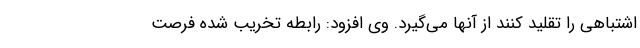
اشتباهی را تقلید کنند از آنها می‌گیرد. وی افزود: رابطه تخریب شده فرصت